system: You are a helpful assistant.
user:
Analyze the provided spectrum to determine if it is a **S-type Star**.

- **Key Indicators for S-type Star:**

    - **(Overall Spectrum Shape):** The first and most obvious characteristic is the overall continuum (the "baseline" shape). It is **extremely "red-sloping,"** meaning the flux (light intensity) is very low on the left side (blue, ~4000-4500 Å) and rises steeply and continuously toward the right side (red, ~7000 Å+).

    - **(Primary):** The spectrum is defined by the presence of strong, broad molecular absorption "valleys" (bands) from **Zirconium Oxide (ZrO)**. The identification of these bands is the **primary requirement** for classifying a star as S-type.
        - **(Key Bandheads):** You must find distinct, deep "dips" where the light has been absorbed. The most critical band systems to locate are:
            - **~6474 Å** ($\gamma$-system): This is often the strongest and clearest ZrO feature, found in the red part of the spectrum.
            - **~5718 Å** & **~5551 Å** ($\beta$-system): A pair of prominent absorption features in the yellow-orange part of the spectrum.
            - **~4640 Å** ($\alpha$-system): A key absorption band system in the blue-green region of the spectrum.

    - **(Secondary Confirmation):** The classification is strengthened by finding additional absorption bands from other related heavy element oxides, which are expected to be present alongside ZrO.
        - **(Key Bandheads):**
            - **Yttrium Oxide (YO):** Look for absorption dips near **~4800 Å** and **~6100 Å**.
            - **Lanthanum Oxide (LaO):** Additional absorption features, particularly in the red-orange part of the spectrum, are also characteristic.

    - **(Line Profile):** The combination of the steep red continuum and these numerous, deep molecular bands (ZrO, YO, etc.) gives the entire spectrum a very **"chopped-up"** or **"bumpy"** appearance. Instead of a smooth curve, the spectrum looks as though large, wide chunks of light have been "carved out" of it at the specific wavelengths listed above.

Think first, call **spectral_visualization_tool** if needed to examine features in detail, then provide your final answer. Your response must adhere to the following strict rules:
1.  **Overall Structure:** Your response must follow the format `<think>...</think> <tool_call>...</tool_call> (if a tool is used) <answer>...</answer>`.
2.  **Tool Usage Constraint:** You may only make **one** tool call per turn.
3.  **Final Answer Format:** In the `<answer>` tag, your conclusion must be inside a `\boxed{}` command (e.g., `\boxed{YES}` or `\boxed{NO}`), followed by your justification.

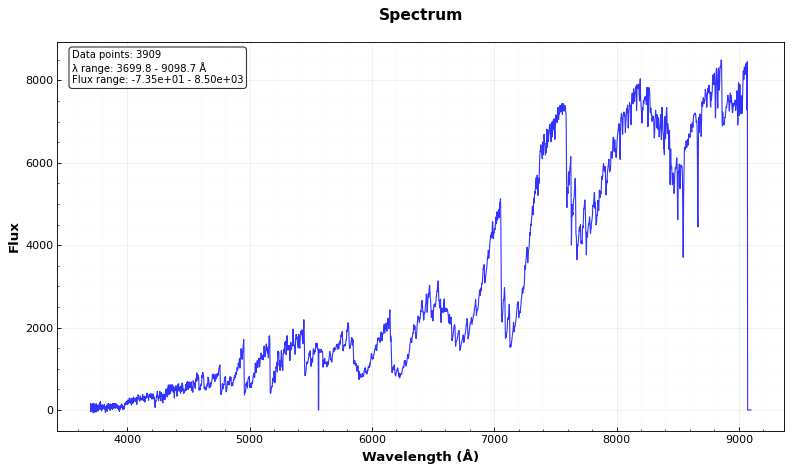
Answer: YES